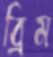
ব্রিম